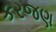
કરજણ